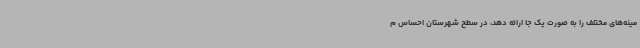
مینه‌های مختلف را به صورت یک جا ارائه دهد، در سطح شهرستان احساس م